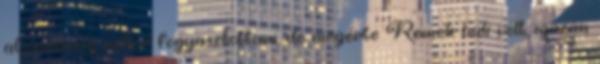
alsónadrág nélkül fogyasztottam, de megérte Remek buli volt, igazán